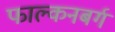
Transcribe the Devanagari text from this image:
फाल्कनबर्ग